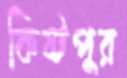
কিষ্টপুর